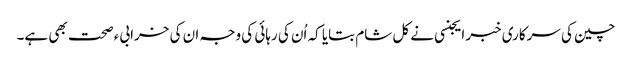
چین کی سرکاری خبر ایجنسی نے کل شام بتایا کہ اُن کی رہائی کی وجہ ان کی خرابیء صحت بھی ہے۔